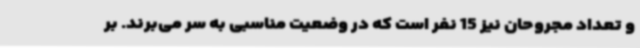
و تعداد مجروحان نیز 15 نفر است که در وضعیت مناسبی به سر می‌برند. بر